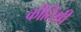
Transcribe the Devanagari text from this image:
कीर्तिश्री